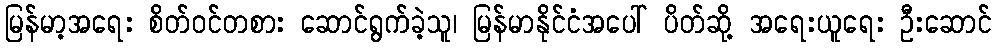
မြန်မာ့အရေး စိတ်ဝင်တစား ဆောင်ရွက်ခဲ့သူ၊ မြန်မာနိုင်ငံအပေါ် ပိတ်ဆို့ အရေးယူရေး ဦးဆောင်